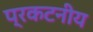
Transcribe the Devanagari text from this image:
प्रकटनीय